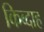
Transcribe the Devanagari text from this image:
किब्दाह